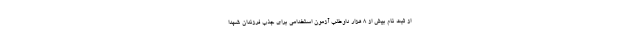
از ثبت نام بیش از ۸ هزار داوطلب آزمون استخدامی برای جذب فرزندان شهدا